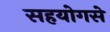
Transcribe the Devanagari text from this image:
सहयोगसे